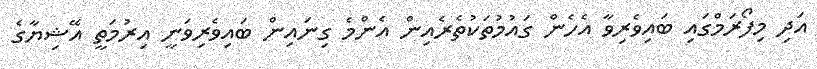
އަދި މިފޯރަމްގައި ބައިވެރިވާ އެހެން ގައުމުތަކުތެރެއިން އެންމެ ގިނައިން ބައިވެރިވަނީ އިރުމަތީ އޭޝިޔާގެ